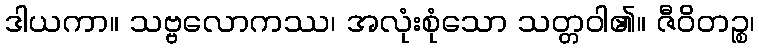
ဒါယကာ။ သဗ္ဗလောကဿ၊ အလုံးစုံသော သတ္တဝါ၏။ ဇီဝိတဉ္စ၊